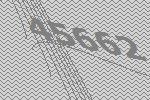
45662